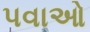
પવાઓ